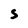
Character: S